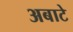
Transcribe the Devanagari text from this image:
अबाटे